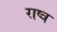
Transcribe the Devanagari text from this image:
राष्त्र